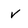
Character: v